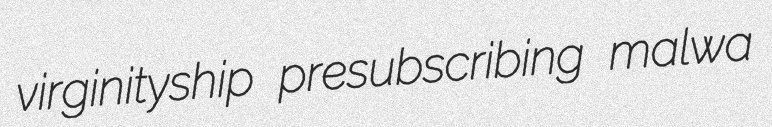
virginityship presubscribing malwa